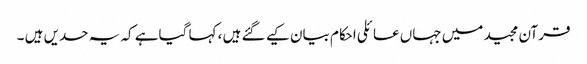
قرآن مجید میں جہاں عائلی احکام بیان کیے گئے ہیں ، کہا گیاہے کہ یہ حدیں ہیں ۔